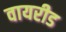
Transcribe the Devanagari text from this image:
वायरीड